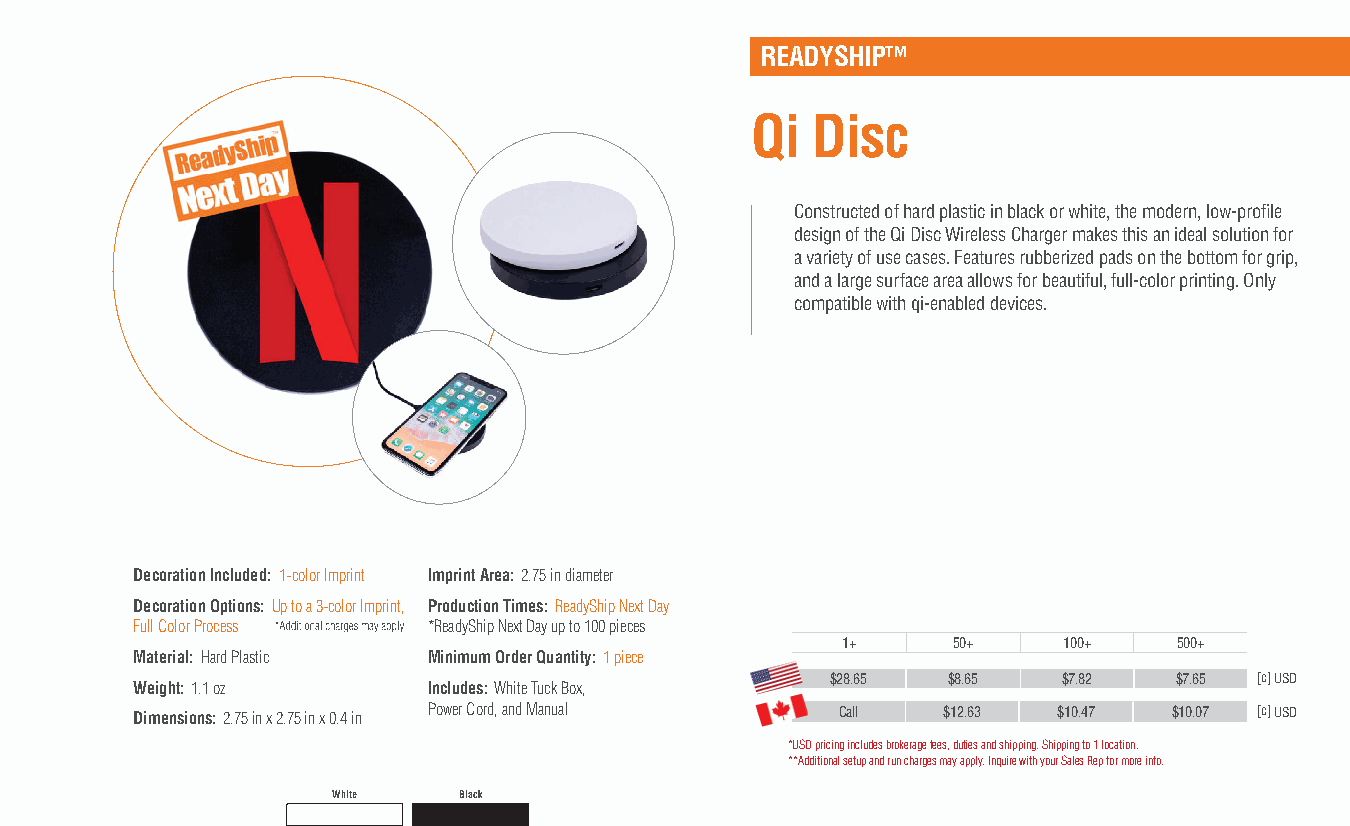
READYSHIP™
 Qi  Disc
 Constructed of hard plastic in black or white, the modern, low-profile
 design of the Qi Disc Wireless Charger makes this an ideal solution for
 a variety of use cases. Features rubberized pads on the bottom for grip,
 and a large surface area allows for beautiful, full-color printing. Only
 compatible with qi-enabled devices.
 Decoration Included: 1-color Imprint Imprint Area: 2.75 in diameter
 Decoration Options: Up to a 3-color Imprint, Production Times: ReadyShip Next Day
 Full Color Process *ReadyShip Next Day up to 100 pieces
 1+     50+    100+    500+
 Material: Hard Plastic Minimum Order Quantity: 1 piece
 $28.65  $8.65  $7.82   $7.65 [c] USD
 Weight: 1.1 oz     Includes: White Tuck Box,
 Dimensions: 2.75 in x 2.75 in x 0.4 in Power Cord, and Manual Call $12.63 $10.47 $10.07 [c] USD
 *USD pricing includes brokerage fees, duties and shipping. Shipping to 1 location.
 **Additional setup and run charges may apply. Inquire with your Sales Rep for more info.
 White   Black